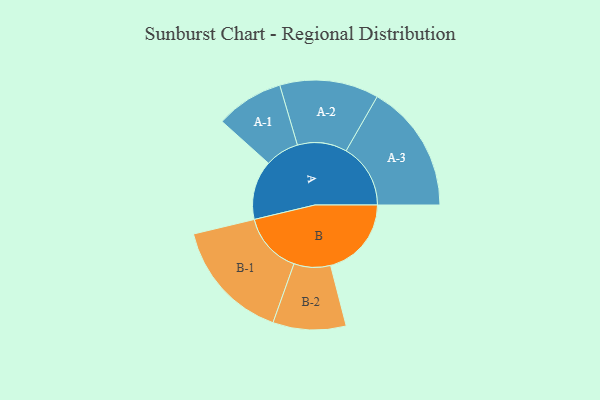
{"axis": {"x": "Segment", "y": "Value"}, "legend": ["", "A", "B"], "data": [{"x": "A", "y": 274, "type": ""}, {"x": "B", "y": 374, "type": ""}, {"x": "A-1", "y": 157, "type": "A"}, {"x": "A-2", "y": 229, "type": "A"}, {"x": "A-3", "y": 298, "type": "A"}, {"x": "B-1", "y": 282, "type": "B"}, {"x": "B-2", "y": 169, "type": "B"}]}